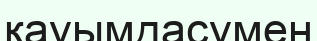
қауымдасумен